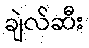
ချဲလ်ဆီး